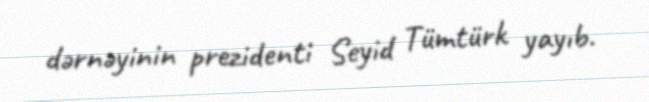
dərnəyinin prezidenti Seyid Tümtürk yayıb.